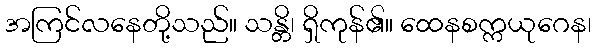
အကြင်လနေတို့သည်။ သန္တိ၊ ရှိကုန်၏။ ထေနစက္ကယုဂေန၊